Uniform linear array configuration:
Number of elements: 48
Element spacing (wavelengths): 1
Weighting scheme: uniform
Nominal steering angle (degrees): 15
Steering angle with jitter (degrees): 16.847
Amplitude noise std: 0.05
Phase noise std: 0.05

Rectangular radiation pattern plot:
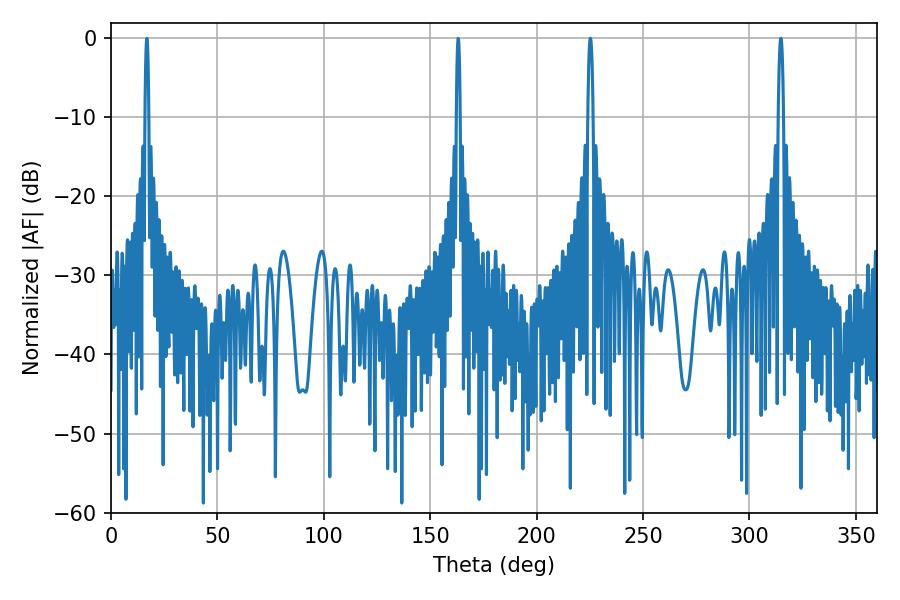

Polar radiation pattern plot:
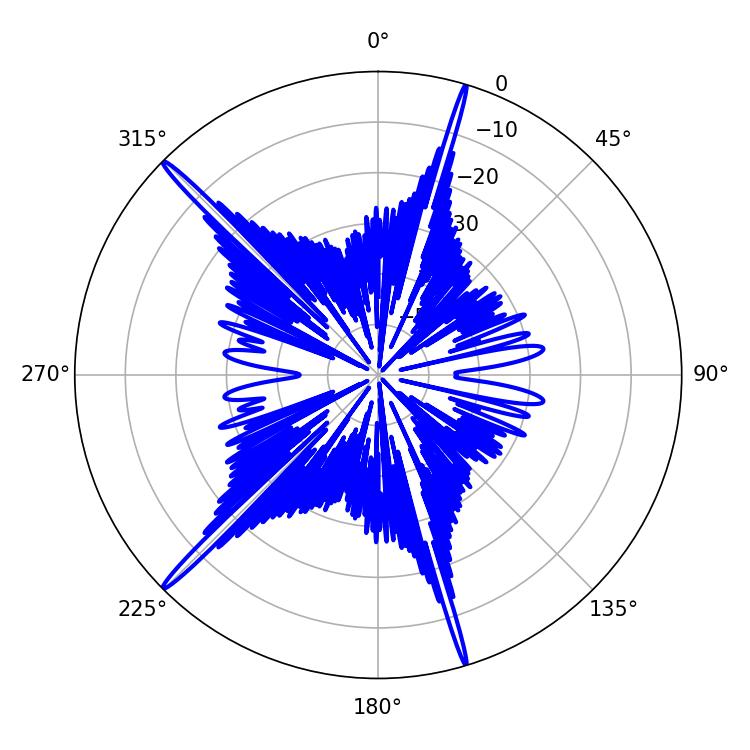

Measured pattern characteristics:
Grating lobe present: TRUE
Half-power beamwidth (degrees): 1.26
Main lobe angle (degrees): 225.18